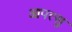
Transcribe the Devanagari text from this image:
आपत्सु